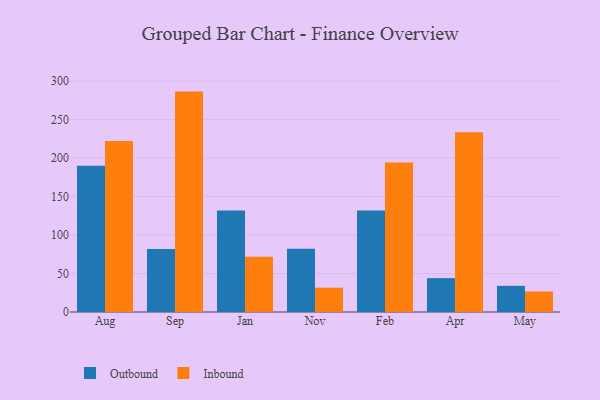
{"axis": {"x": "Month", "y": "Page Views"}, "legend": ["Inbound", "Outbound"], "data": [{"x": "Aug", "y": 190.2, "type": "Outbound"}, {"x": "Aug", "y": 222.3, "type": "Inbound"}, {"x": "Sep", "y": 81.9, "type": "Outbound"}, {"x": "Sep", "y": 286.4, "type": "Inbound"}, {"x": "Jan", "y": 131.8, "type": "Outbound"}, {"x": "Jan", "y": 71.9, "type": "Inbound"}, {"x": "Nov", "y": 82.3, "type": "Outbound"}, {"x": "Nov", "y": 31.6, "type": "Inbound"}, {"x": "Feb", "y": 131.9, "type": "Outbound"}, {"x": "Feb", "y": 194.4, "type": "Inbound"}, {"x": "Apr", "y": 44.0, "type": "Outbound"}, {"x": "Apr", "y": 233.6, "type": "Inbound"}, {"x": "May", "y": 34.0, "type": "Outbound"}, {"x": "May", "y": 26.7, "type": "Inbound"}]}